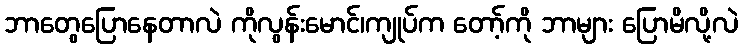
ဘာတွေပြောနေတာလဲ ကိုလွန်းမောင်၊ကျုပ်က တော့်ကို ဘာများ ပြောမိလို့လဲ